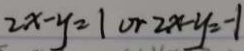
2 x - y = 1 o r 2 x - y = - 1